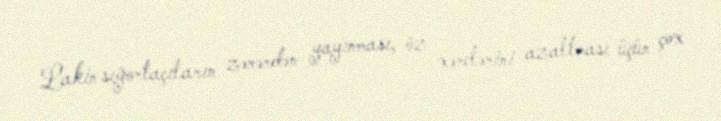
Lakin sığortaçıların zərərdən yayınması, öz xərclərini azaltması üçün çox